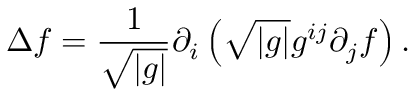
\Delta f = { \frac { 1 } { \sqrt { | g | } } } \partial _ { i } \left( { \sqrt { | g | } } g ^ { i j } \partial _ { j } f \right) .